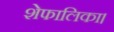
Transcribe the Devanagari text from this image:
शेफालिका।